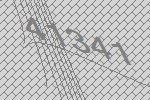
41341